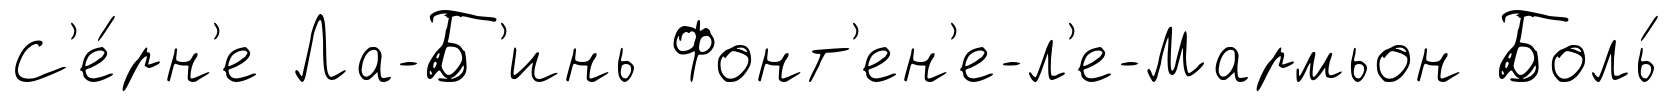
С'е́рн'е Ла-Б'инь Фонт'ен'е-л'е-Мармьон Боль́